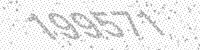
Solution: 199571